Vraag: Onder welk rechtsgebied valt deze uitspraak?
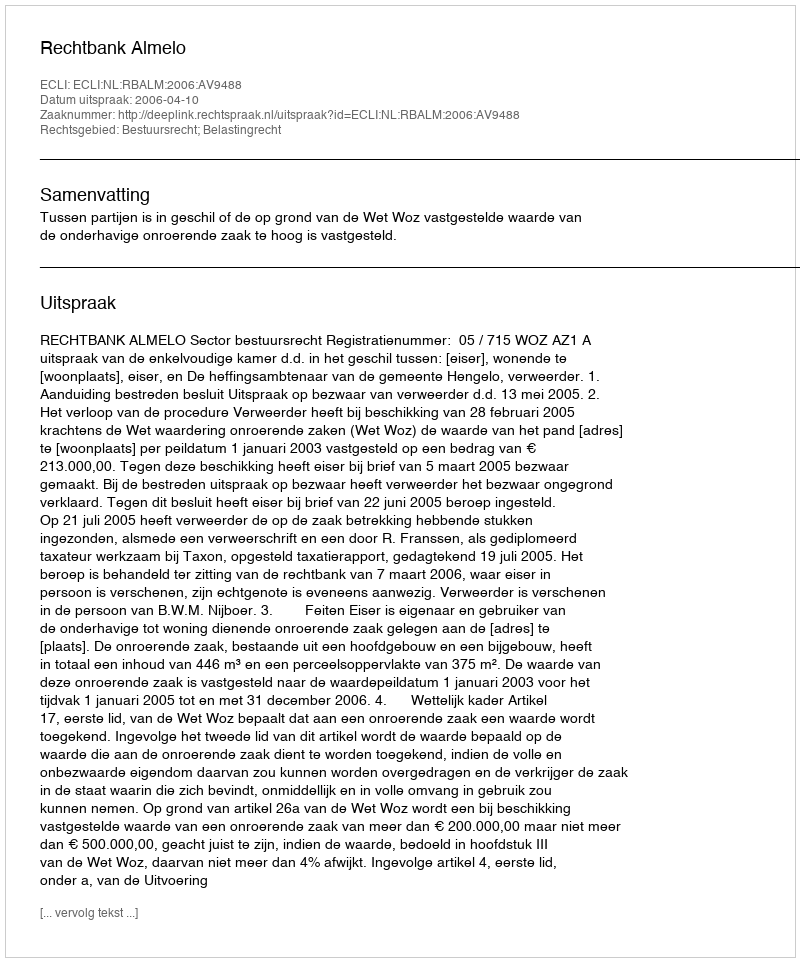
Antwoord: Bestuursrecht; Belastingrecht